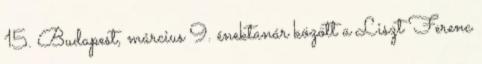
15. Budapest, március 9. énektanár között a Liszt Ferenc